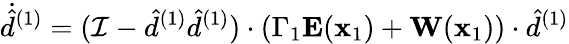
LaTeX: \dot{\hat{d}}^{(1)}=(\mathcal{I}-\hat{d}^{(1)}\hat{d}^{(1)})\cdot(\Gamma_{1}\mathbf{E}(\mathbf{x}_{1})+\mathbf{W}(\mathbf{x}_{1}))\cdot\hat{d}^{(1)}